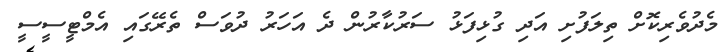
މެދުވެރިކޮށް ތިލަފުށި އަދި ގުޅިފަޅު ސަރުކާރުން ދެ އަހަރު ދުވަސް ތެރޭގައި އެމްޓީސީސީ